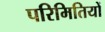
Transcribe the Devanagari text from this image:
परिमितियों